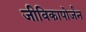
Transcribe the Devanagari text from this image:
जीविकापोर्जन